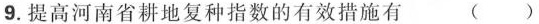
9.提高河南省耕地复种指数的有效措施有 ( )